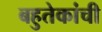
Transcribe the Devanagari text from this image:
बहुतेकांची